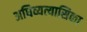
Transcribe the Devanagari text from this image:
अधिव्यत्यासिका